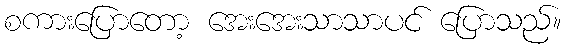
စကားပြောတော့ အေးအေးသာသာပင် ပြောသည်။